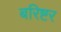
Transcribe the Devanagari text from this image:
बरिष्टर